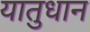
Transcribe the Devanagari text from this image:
यातुधान